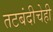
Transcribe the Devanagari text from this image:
तटबंदीचेही